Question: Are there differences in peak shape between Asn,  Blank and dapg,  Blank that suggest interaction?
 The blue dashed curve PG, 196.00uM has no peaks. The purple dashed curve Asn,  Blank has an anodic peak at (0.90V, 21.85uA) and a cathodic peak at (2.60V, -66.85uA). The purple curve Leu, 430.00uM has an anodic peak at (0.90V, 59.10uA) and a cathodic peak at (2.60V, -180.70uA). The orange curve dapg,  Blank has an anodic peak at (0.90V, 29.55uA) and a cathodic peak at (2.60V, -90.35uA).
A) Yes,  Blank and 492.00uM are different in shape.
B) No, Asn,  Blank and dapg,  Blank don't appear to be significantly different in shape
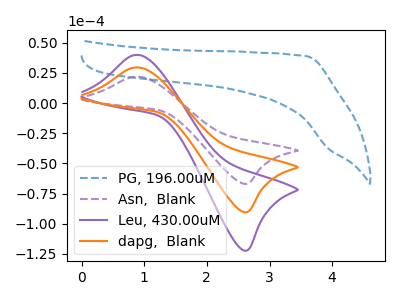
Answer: <think>All the peaks in "Asn,  Blank" have a peak in "dapg,  Blank" at the same potential. Every peak in "Asn,  Blank" is lower than every peak in "dapg,  Blank".
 </think>
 <answer>B) No, "Asn,  Blank" and "dapg,  Blank" don't appear to be significantly different in shape</answer>
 <eval>B</eval>